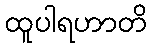
ထူပါရဟာတိ